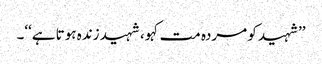
’’شہید کو مردہ مت کہو، شہید زندہ ہوتا ہے‘‘۔